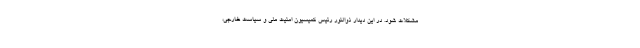
مشکلات شود. در این دیدار ذوالنور رئیس کمیسیون امنیت ملی و سیاست خارجی،